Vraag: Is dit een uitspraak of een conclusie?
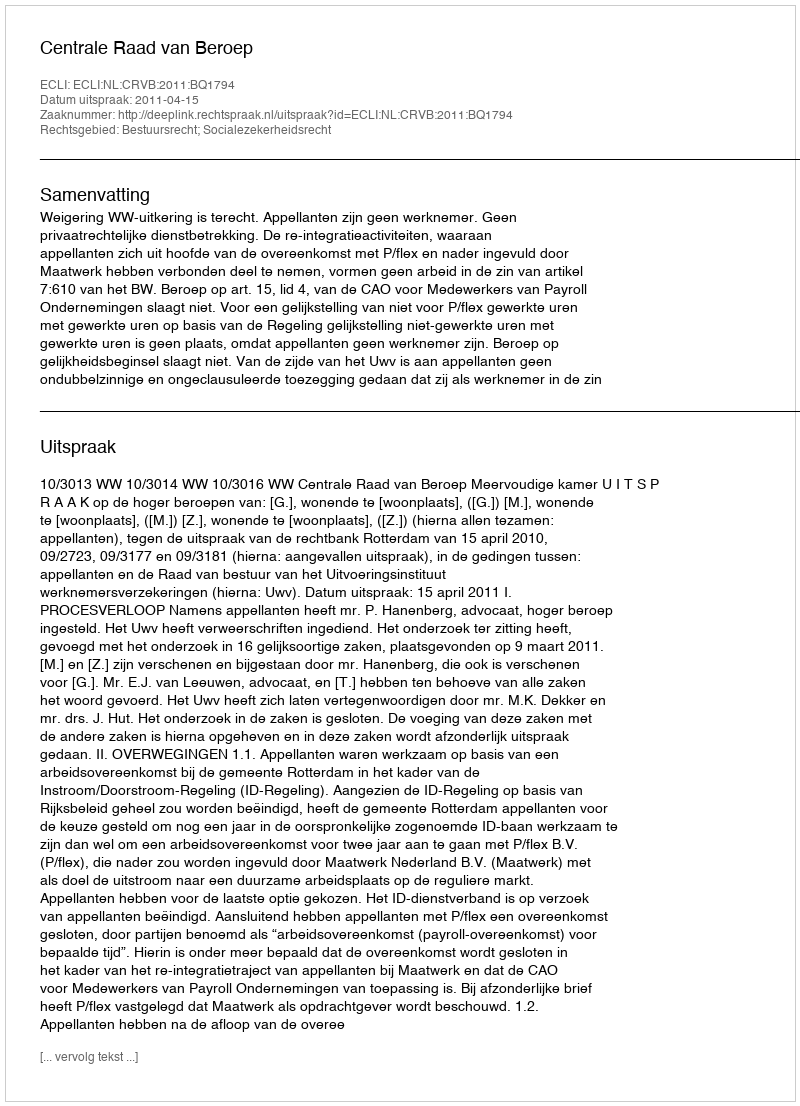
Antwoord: Uitspraak